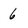
Character: 6